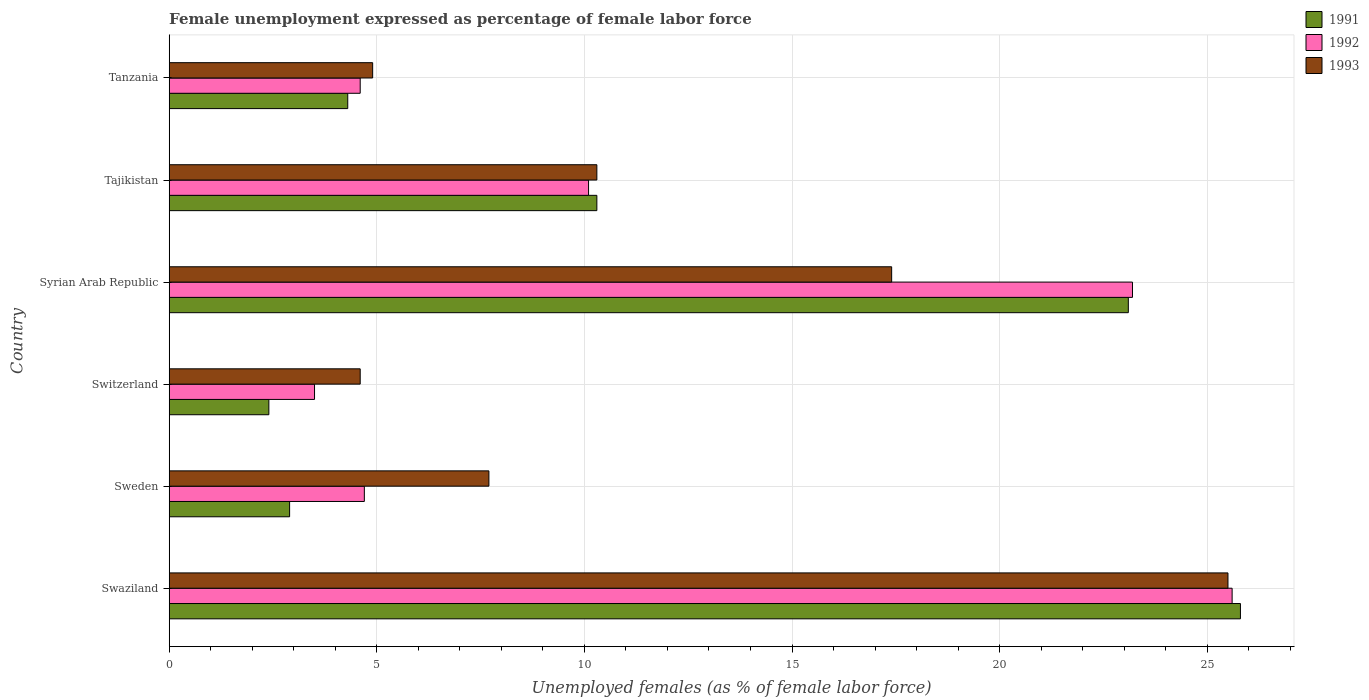
| Country | 1991 | 1992 | 1993 |
 | --- | --- | --- | --- |
 | Swaziland | 25.8 | 25.6 | 25.5 |
 | Sweden | 2.9 | 4.7 | 7.7 |
 | Switzerland | 2.4 | 3.5 | 4.6 |
 | Syrian Arab Republic | 23.1 | 23.2 | 17.4 |
 | Tajikistan | 10.3 | 10.1 | 10.3 |
 | Tanzania | 4.3 | 4.6 | 4.9 |